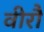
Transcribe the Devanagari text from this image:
वीरौ